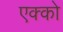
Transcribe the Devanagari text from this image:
एक्को